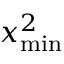
x _ { \operatorname* { m i n } } ^ { 2 }